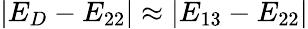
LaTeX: |E_{D}-E_{22}|\approx|E_{13}-E_{22}|